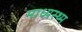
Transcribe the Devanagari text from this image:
माध्यस्थ्म